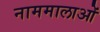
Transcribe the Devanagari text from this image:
नाममालाओं